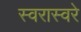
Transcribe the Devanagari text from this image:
स्वरास्वरे